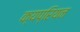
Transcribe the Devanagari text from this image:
क्यप्रियन